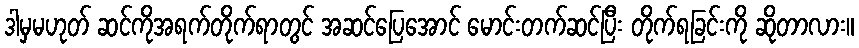
ဒါမှမဟုတ် ဆင်ကိုအရက်တိုက်ရာတွင် အဆင်ပြေအောင် မောင်းတက်ဆင်ပြီး တိုက်ရခြင်းကို ဆိုတာလား။